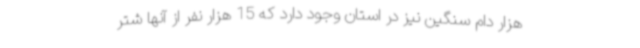
هزار دام سنگین نیز در استان وجود دارد که 15 هزار نفر از آنها شتر